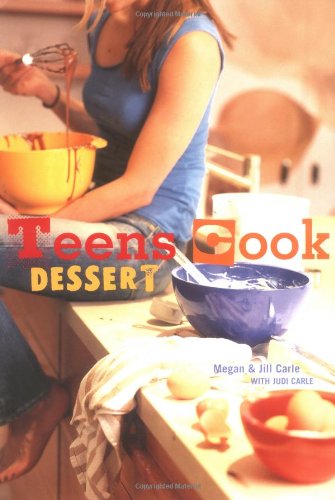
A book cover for Teens Cook Dessert; Megan Carle; Cookbooks, Food & Wine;